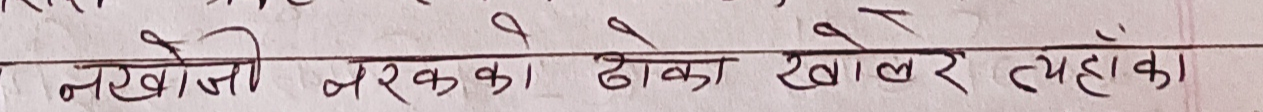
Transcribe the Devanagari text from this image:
नखोज्जी नरकका ढोका खोलेर त्यहाँका